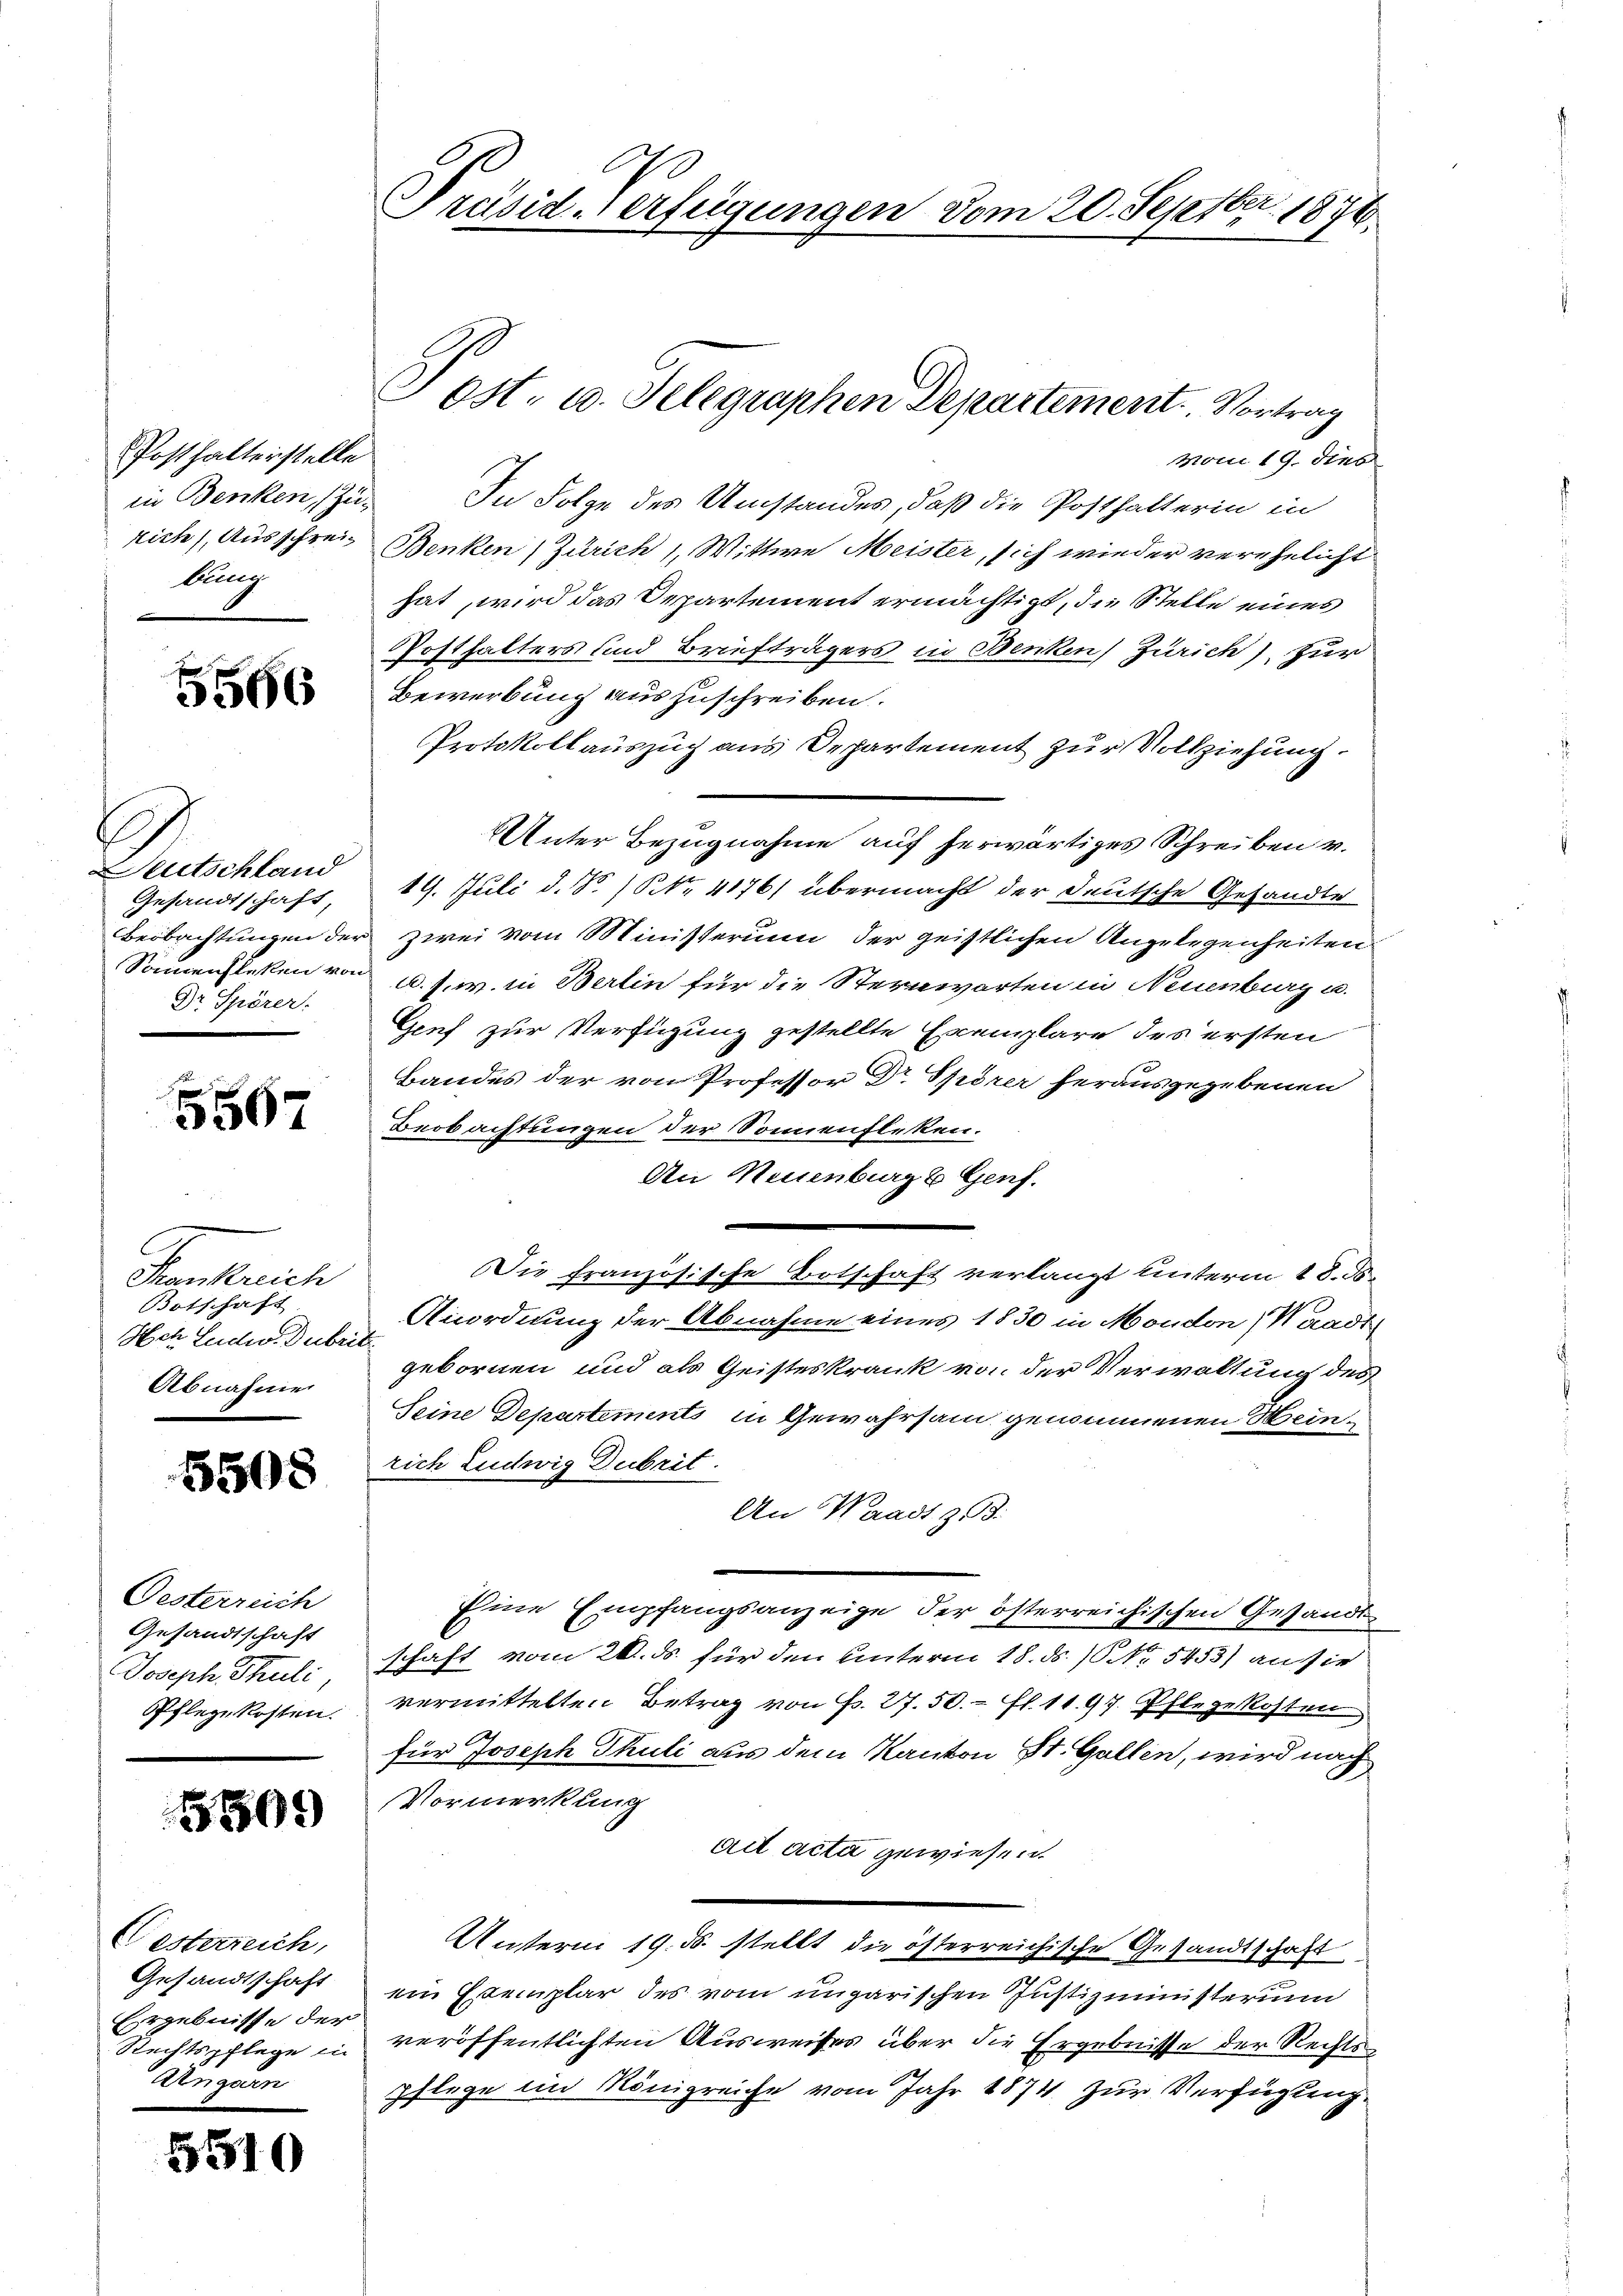
Posthalterstelle
in Benken, (Zubung

5566

Deutschland
Gesandtschaft,
Dr. Spörer.

5567

Fenkreich
Botschaft
Ach Lude. Dubrit
Abnahmen

5508

Oesterreich
Gesandtschaft
Joseph Thuli
Pflege kosten.

1509

Gesterreich,
Gesandtschaft
Ergebnisse der
Ungarn

5510

Mon 19. dies
In Folge des Umstandes, daß die Posthalterin in
rich), Ausschrei Benken (Zürich 1., Wittwe Meister, sich wieder verehelicht
hat, wird das Departement ermächtigt, die Stelle eines
Posthalters und Briefträgers in Benken Zürich), zur
Bewerbung auszuschreiben.
Protokollauszug aus Departement zur Vollziehung.
Unter Bezugnahme auf herwärtiges Schreiben v.
19. Juli d. So NNo. 4176) übermacht der deutsche Gesandte
Beobachtungen der zwei vom Ministerium der geistlichen Angelegenheiten
Samensteten von u. s. w. in Berlin für die Sternwarten in Neuenburg u.
Genf zur Verfügung gestellte Exemplare des ersten
Bandes der von Professor Dr. Spörer herausgegebenen
Beobachtungen der Sonnenfleken.
An Neuenburg & Genf.
ie französische Botschaft verlangt unterm 18. ds.
Anordnung der Abnahme eines 1830 in Moudon, Waadt
gebornen und als Geisteskrank von der Verwaltung des
Seine Departements in Gewahrsam genommenen Heinrich Ludwig Dubrit.
An Waadt z.
Eine Empfangsanzeige der österreichischen Gesandt
schaft vom 20. ds. für den Unterm 18. ds. / NNo. 5453) an sie
vermittelten Betrag von P. 27.50. fl. 1197. Pflegekosten
für Joseph Thuli aus dem Kanton St. Gallen, wird nach
Vormerkung
ad acta gewiesen.
Unterm 19. ds. stellt die österreichische Gesandtschaft
ein Exemplar des vom ungarischen Justizministerium
Rechtspflege in veröffentlichten Ausweises über die Ergebnisse der Rechts
pflege im Königreiche vom Jahr 1874 zur Verfügung

Präsid. Verfügungen vom 20. Septbr. 1876.

Post- u. Telegraphen Departement. Vortrag